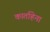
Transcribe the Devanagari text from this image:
कार्ताहेना